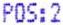
POS:2